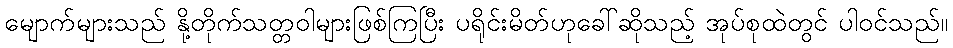
မျောက်များသည် နို့တိုက်သတ္တဝါများဖြစ်ကြပြီး ပရိုင်းမိတ်ဟုခေါ်ဆိုသည့် အုပ်စုထဲတွင် ပါဝင်သည်။